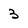
Character: 3